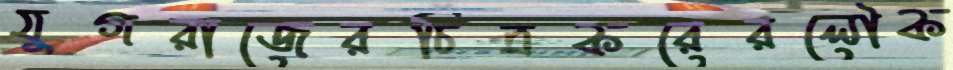
যুগরাজেরচিত্রকরেরলৌক